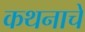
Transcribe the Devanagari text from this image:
कथनाचे